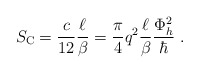
\begin{align*}S_{\mbox{\scriptsize C}}=\frac{c}{12}\frac{\ell}{\beta}=\frac{\pi}{4}q^2\frac{\ell}{\beta}\frac{\Phi_h^2}{\hbar}\;.\end{align*}